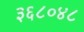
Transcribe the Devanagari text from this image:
३६८०४८